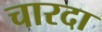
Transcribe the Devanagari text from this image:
चारदा